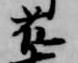
藤